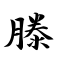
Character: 滕